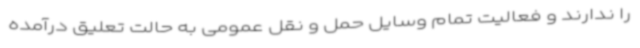
را ندارند و فعالیت تمام وسایل حمل و نقل عمومی به حالت تعلیق درآمده